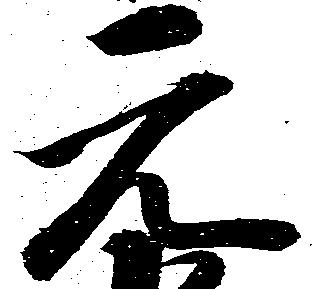
元